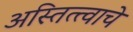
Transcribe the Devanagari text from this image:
अस्तित्त्वाचे